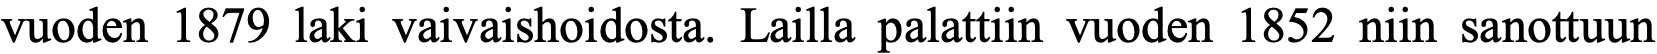
vuoden 1879 laki vaivaishoidosta. Lailla palattiin vuoden 1852 niin sanottuun